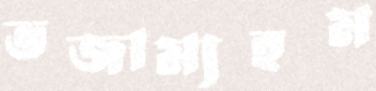
ভজাম্যহম